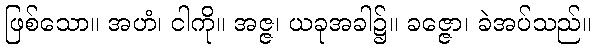
ဖြစ်သော။ အဟံ၊ ငါကို။ အဇ္ဇ၊ ယခုအခါ၌။ ခဇ္ဇော၊ ခဲအပ်သည်။